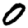
Digit: 0